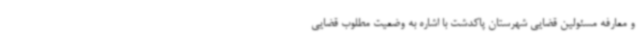
و معارفه مسئولین قضایی شهرستان پاکدشت با اشاره به وضعیت مطلوب قضایی